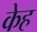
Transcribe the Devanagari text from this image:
केह